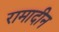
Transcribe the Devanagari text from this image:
रामादीन